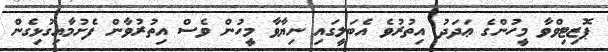
ޕޮޒިޓިވްވާ މީހުންގެ ޢަދަދު އިތުރުވެ އެބަލީގައި ނިޔާވާ މީހުން ވެސް އިތުރުވާން ފެށުމާއިގުޅިގެން